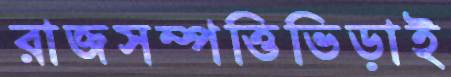
রাজসম্পত্তিভিড়াই